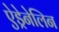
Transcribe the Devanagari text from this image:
ऐड्रेनेलिन